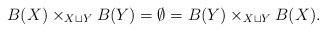
\begin{align*}B(X) \times_{X \sqcup Y} B(Y) = \emptyset = B(Y) \times_{X \sqcup Y} B(X). \end{align*}